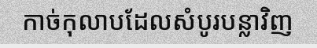
កាច់កុលាបដែលសំបូរបន្លាវិញ